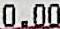
0.00